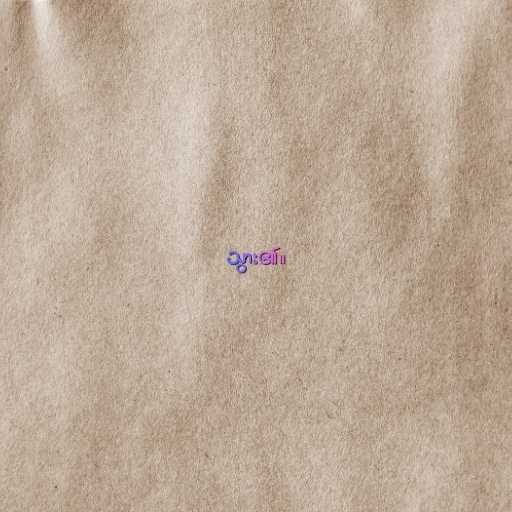
သွား၏။